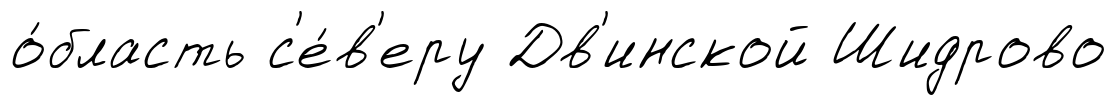
о́бласть с'е́в'еру Дв'инской Шидрово